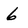
Character: 6